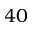
4 0